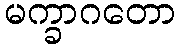
မက္ခာဂတော